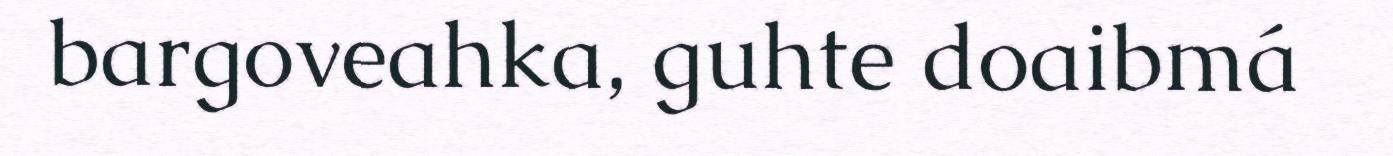
bargoveahka, guhte doaibmá